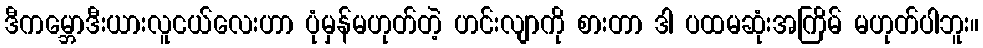
ဒီကမ္ဘောဒီးယားလူငယ်လေးဟာ ပုံမှန်မဟုတ်တဲ့ ဟင်းလျာကို စားတာ ဒါ ပထမဆုံးအကြိမ် မဟုတ်ပါဘူး။